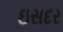
ઇસદર